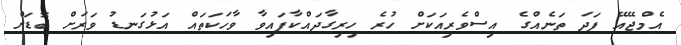
އެމްޖޭއޭ ފަދަ ތަނެއްގެ އިސްވެރިއަކަށް ހުރެ ހިރިގާދައްކާފައިވާ ވާހަކަތައް އަޅުގަނޑު ވަރަށް ބޮޑަށް